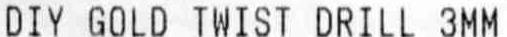
DIY GOLD TWIST DRILL 3MM